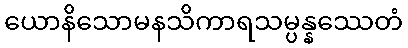
ယောနိသောမနသိကာရသမ္ပန္နဿေတံ